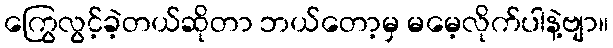
ကြွေလွင့်ခဲ့တယ်ဆိုတာ ဘယ်တော့မှ မမေ့လိုက်ပါနဲ့ဗျာ။